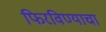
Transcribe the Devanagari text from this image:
फिरविण्याचा